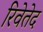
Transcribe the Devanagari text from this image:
रिवेतेद